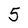
Character: 5